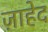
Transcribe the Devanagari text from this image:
ज़ाहेद